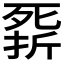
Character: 𣩁